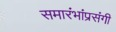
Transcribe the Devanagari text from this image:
समारंभांप्रसंगी